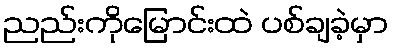
ညည်းကိုမြောင်းထဲ ပစ်ချခဲ့မှာ